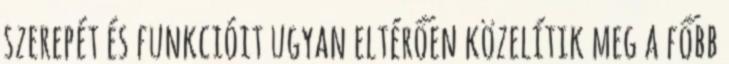
szerepét és funkcióit ugyan eltérően közelítik meg a főbb